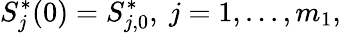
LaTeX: S_{j}^{*}(0)=S_{j,0}^{*},\ j=1,...,m_{1},